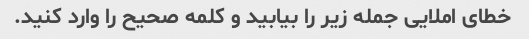
خطای املایی جمله زیر را بیابید و کلمه صحیح را وارد کنید.